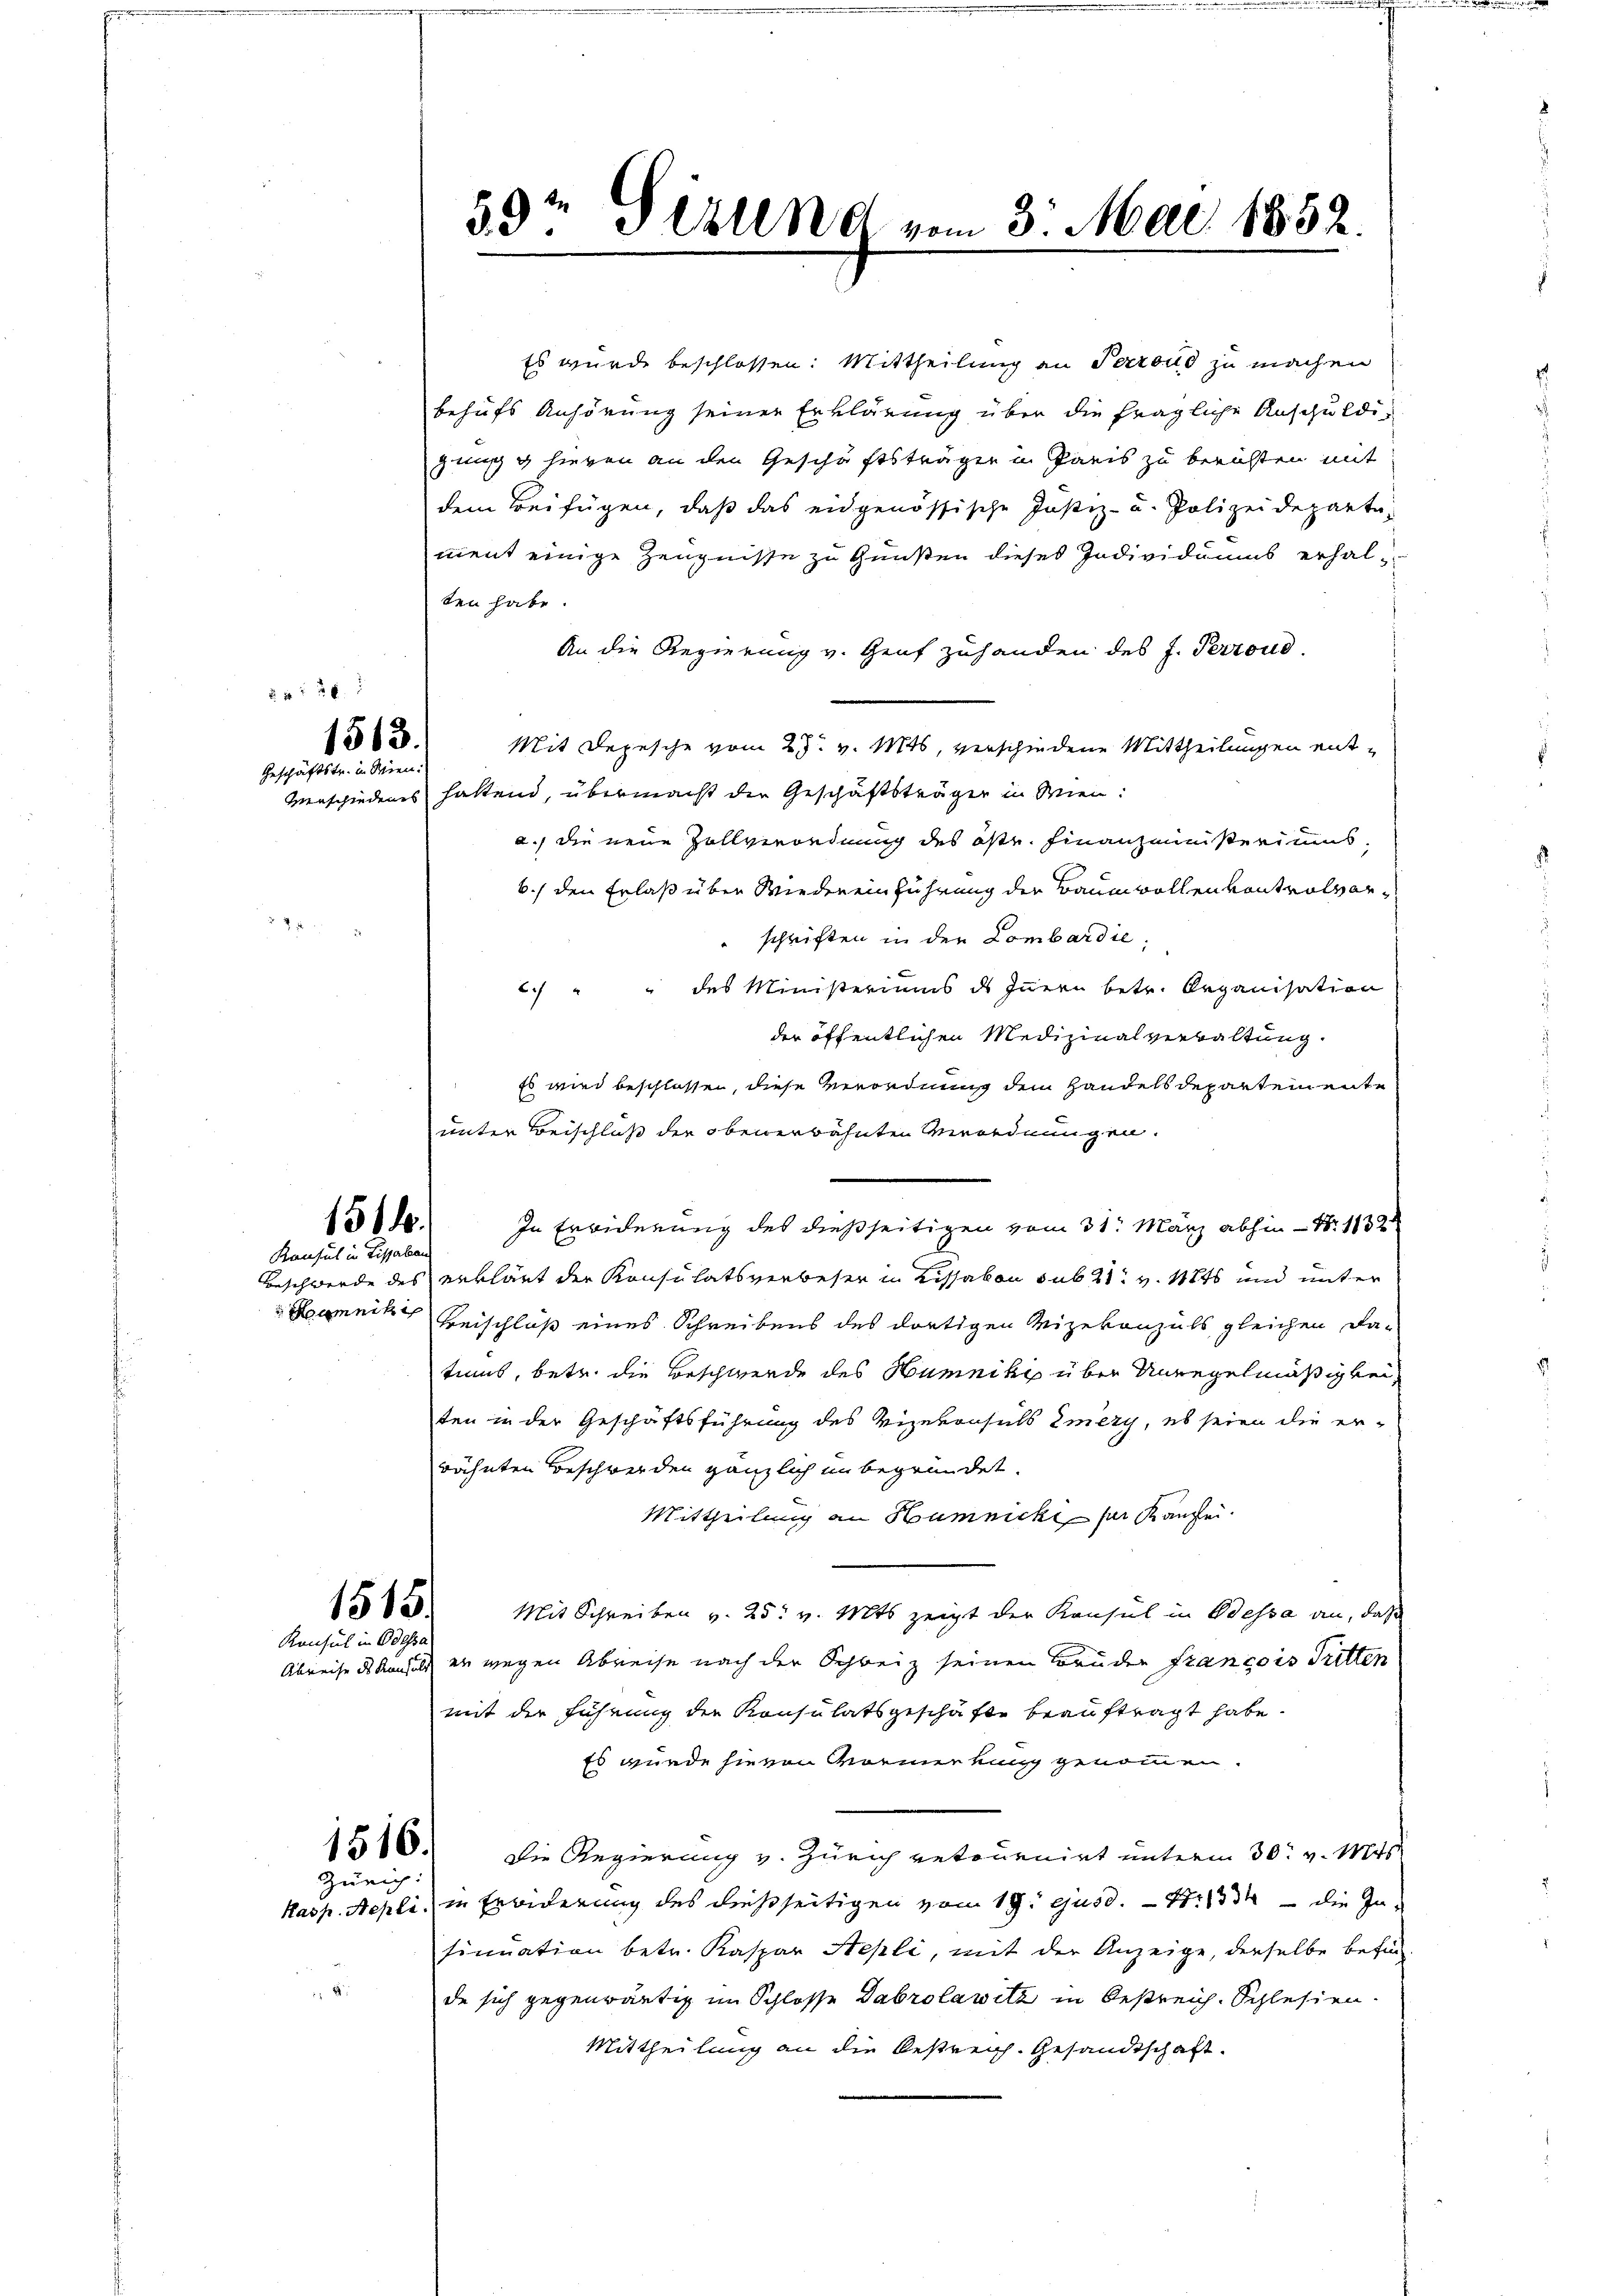
§ 4 f 20
1513.
Geschäftstr. in Wien.

151.
Konsul in Lissaban

1515.
Konsul in Odessa

1516.
Zürich:

59r Gesund vom 3. Mai 1852.

ment einige Zeugnisse zu Gunsten dieses Individuums erhalten habe.
An die Regierung v. Genf zuhanden des J. Perroud.
Mit Depesche vom 27. v. Mts, verschiedene Mittheilungen entverschiedens hattend, übermacht die Geschäftsträger in Wien:
a.) die neue Zollverordnung des öste. Finanzministeriums,
6) den Erlaß über Wiedereinführung der Baumwollenvontralver¬
" schriften in der Lombardie
c.) " " des Ministeriums ds Innern betr. Organisation
der öffentlichen Medizinalverwaltung.
Es wird beschlossen, diese Verordnung dem Handels Departemente
unter Beischluß der obenerwähnten Verordnungen.
In Erwiderung des dießseitigen vom 31. März abhin N. 132
Beschwerde des erklärt der Konsulatsverbeser in Lissabon sub 21. v. 1846 und unter
oannisch Beschluß eines Schreibens des dortigen Mizekonzils gleichen Datums, betr. die Beschwerde des Hunnikis über Unregelmäßigkei
ten in der Geschäftsführung des Vizekonsuls Emery, es seien die er-
rähnten Beschwerden gänzlich unbegründet.
Mittheilung an Humnickt sei Kanzlei.
Mit Schreiben v. 25. v. Mts. zeigt der Konsul in Odessa an, daß
Abreise des Konsuls er wegen Abreise nach der Schweiz seinen Bruder francois Tritten
mit der Führung der Konsulatsgeschäfte beauftragt habe.
Es wurde sie von Marmerkung genommen.
Die Regierung v. Zürich retournirt unterm 30. v. Mts.
Kasp. Aepli.) in Erorderung des dießseitigen vom 19. ejusd. 4. 1334 - die In-
sinuation betr. Kaspar Hepli, mit der Anzeige, derselbe befinde sich gegenwärtig im Schlosse Dabrolawitz in Oestreich. Schlesien.
Mittheilung an die bestreich. Gesandtschaft.

Es wurde beschlossen: Mittheilung an Perrond zu machen
behufs Anhörung seiner Erklärung über die fragliche Anschuldig
zung hievon an den Geschäftsträgen in Paris zu berichten mit
dem Beifügen, daß das eidgenössische Justiz- und Polizeideparte-